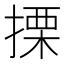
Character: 搮